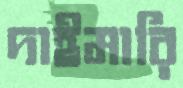
দাইমারি